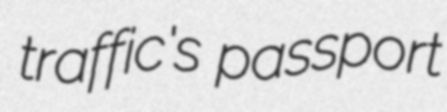
traffic's passport